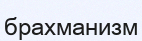
брахманизм